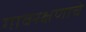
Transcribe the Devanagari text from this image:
गावरक्षणाचे